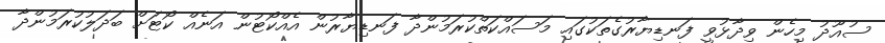
ސުއޫދު މިހެން ވިދާޅުވީ ފަނޑިޔާރުގެތަކުގައި މަސައްކަތްކުރަމުންދާ ފަނޑިޔާރުން އެއްކޯޓުން އަނެއް ކޯޓަށް ބަދަލުކުރަމުންދާ